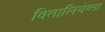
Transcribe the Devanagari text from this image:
वितालियेव्ना